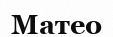
Матео